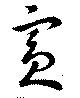
賓